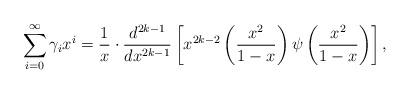
LaTeX: \begin{align*} \sum\limits_{i= 0}^\infty \gamma_i x^i = \frac{1}{x} \cdot \frac{d^{2k-1}}{dx^{2k-1}} \left[x^{2k-2}\left(\frac{x^2}{1-x}\right)\psi\left( \frac{x^2}{1 - x} \right) \right],\end{align*}